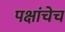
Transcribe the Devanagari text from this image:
पक्षांचेच